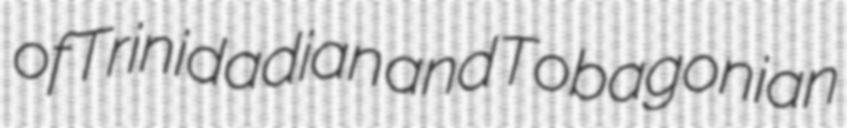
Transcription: of Trinidadian and Tobagonian